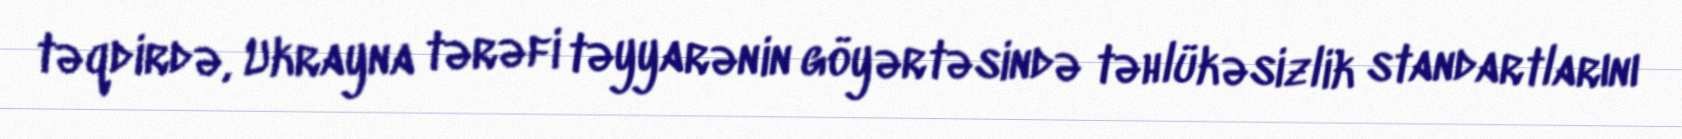
təqdirdə, Ukrayna tərəfi təyyarənin göyərtəsində təhlükəsizlik standartlarını